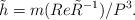
LaTeX: \begin{align*}\tilde h= m(Re{\tilde R}^{-1})/P^3.\end{align*}